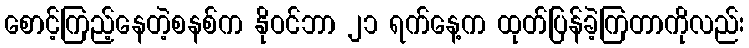
စောင့်ကြည့်နေတဲ့စနစ်က နိုဝင်ဘာ ၂၁ ရက်နေ့က ထုတ်ပြန်ခဲ့ကြတာကိုလည်း